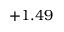
+ 1 . 4 9